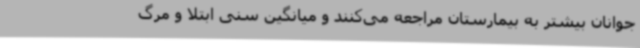
جوانان بیشتر به بیمارستان مراجعه می‌کنند و میانگین سنی ابتلا و مرگ